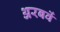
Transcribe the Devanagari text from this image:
अरबवें